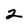
Character: 2